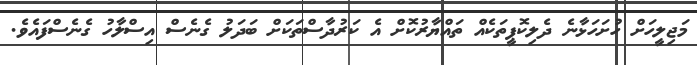
މަޖިލީހަށް ހުށަހަޅާނެ ދެލިކޮޕީތަކެއް ތައްޔާރުކޮށް އެ ކަރުދާސްތަކަށް ބަދަލު ގެނެސް އިސްލާހު ގެނެސްފައެވެ.